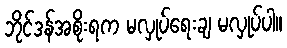
ဘိုင်ဒန်အစိုးရက မလှုပ်ရေးချ မလှုပ်ပါ။